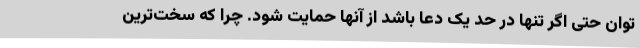
توان حتی اگر تنها در حد یک دعا باشد از آنها حمایت شود. چرا که سخت‌ترین